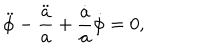
\ddot { \phi } - \frac { \ddot { a } } { a } + \frac { \dot { a } } { a } \dot { \phi } = 0 ,